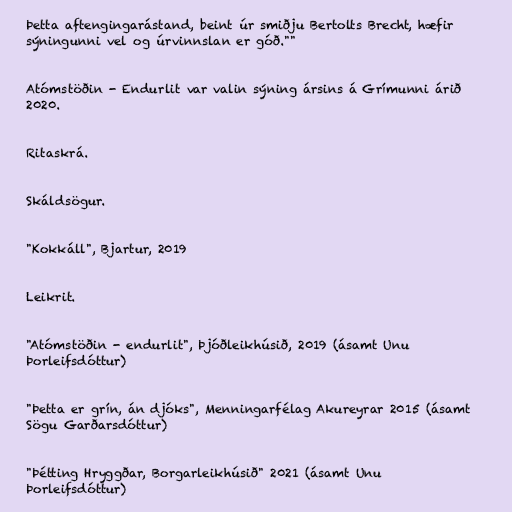
Þetta aftengingarástand, beint úr smiðju Bertolts Brecht, hæfir
sýningunni vel og úrvinnslan er góð.""

Atómstöðin - Endurlit var valin sýning ársins á Grímunni árið
2020.

Ritaskrá.

Skáldsögur.

"Kokkáll", Bjartur, 2019

Leikrit.

"Atómstöðin - endurlit", Þjóðleikhúsið, 2019 (ásamt Unu
Þorleifsdóttur)

"Þetta er grín, án djóks", Menningarfélag Akureyrar 2015 (ásamt
Sögu Garðarsdóttur)

"Þétting Hryggðar, Borgarleikhúsið" 2021 (ásamt Unu
Þorleifsdóttur)